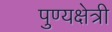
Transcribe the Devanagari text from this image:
पुण्यक्षेत्री